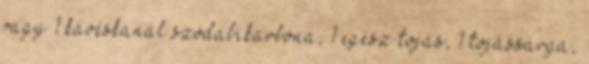
vagy 1 kávéskanál szódabikarbóna, 1 egész tojás, 1 tojássárga,